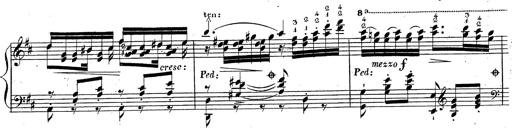
Title: Grande fantaisie sur la tyrolienne de l'opÃ©ra
Composer: Franz Liszt
Key: A major